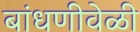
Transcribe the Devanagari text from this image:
बांधणीवेळी